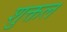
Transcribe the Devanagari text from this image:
शुक्तल